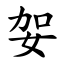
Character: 妿